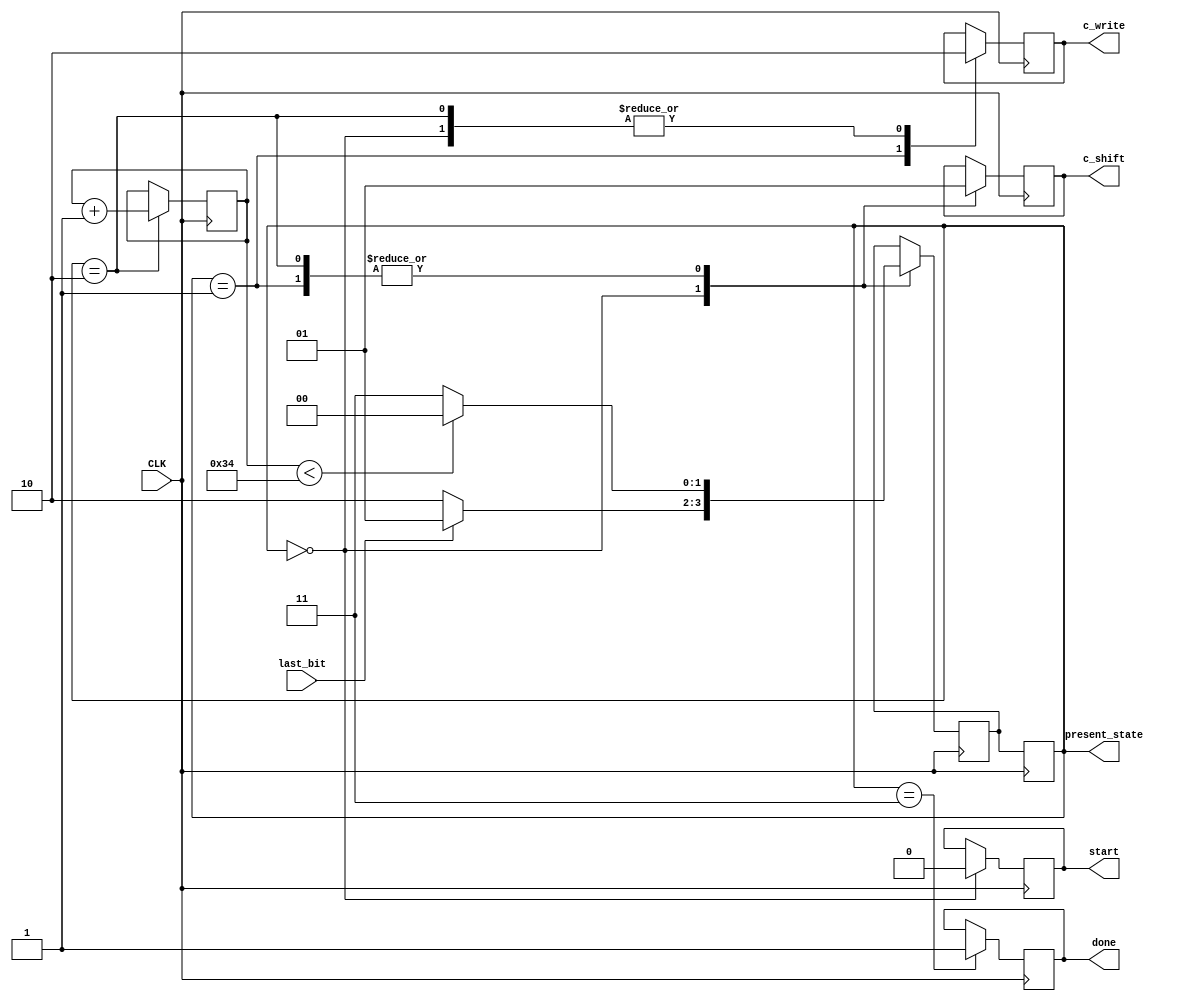
module control(
					input last_bit,
					input CLK,
					output reg c_write,
					output reg done,
					output reg start,
					output reg c_shift,
					output reg [1:0] present_state);
	
	
	
	localparam 	S0 = 2'd0,
					S1 = 2'd1,
					S2 = 2'd2,
					S3 = 2'd3;
				
	reg	[1:0] next_state;
	reg   [5:0] i;
	
	initial 
		begin
			i       = 6'b000000;
			start   = 1'b1;
			done    = 1'b0;
			c_write = 1'b0;
			c_shift = 1'b0;
			next_state = S0;
		end
		
	always @(posedge CLK)
		begin
			present_state <= next_state;
		end
		
	always @(posedge CLK)
		begin			
			case(present_state)
				
				S0:
					begin
						if(last_bit)
							next_state = S1;
						else
							next_state = S2;	
					end
					
				
				S1:
					begin
						if(i < 6'd52)
							next_state = S0;
						else
							next_state = S3;
					end
					
				
				S2:
					begin
						if(i < 6'd52)
							next_state = S0;
						else
							next_state = S3;
					end
			endcase
		end
		
		always @(posedge CLK)
		begin
			case(present_state)
				
				S0:
					begin
						start = 1'b0;
						c_shift = 1'b0;
					end
					
				
				S1:
					begin
						c_shift = 1'b1;
					end
					
				
				S2:
					begin
						c_shift = 1'b1;
					end
				
			endcase
		end
		
		always @(posedge CLK)
		begin
			case(present_state)
				
				S0:
					begin
						c_write = 1'b0;
					end
					
				
				S1:
					begin
						c_write = 1'b1;	
					end
					
				
				S2:
					begin
						c_write = 1'b0;
					end
				
			endcase
		end
		
		
		always @(posedge CLK)
		begin		
			case(present_state)
			

				S2:
					begin
						i = i + 1'b1;
					end
				
				S3:
					begin
						done = 1'b1;
					end
				
			endcase
		end
endmodule